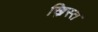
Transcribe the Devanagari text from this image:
ख्रिस्‍त्‍ा